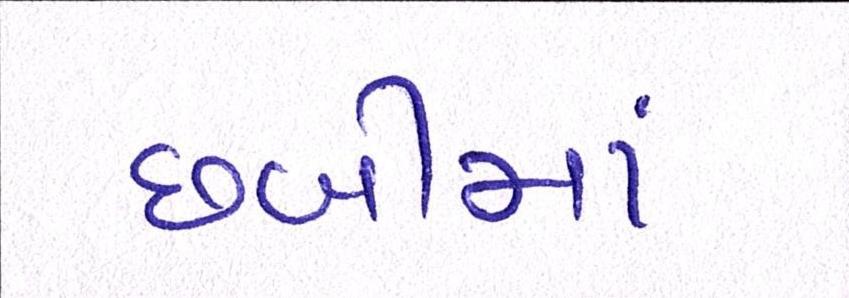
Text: છબીમાં